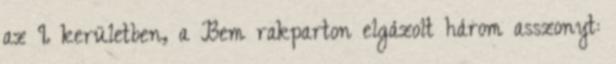
az I. kerületben, a Bem rakparton elgázolt három asszonyt: